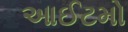
આઈટમો